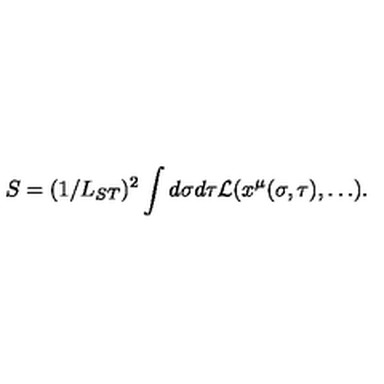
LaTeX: S = ( 1 / L _ { S T } ) ^ { 2 } \int d \sigma d \tau { \cal L } ( x ^ { \mu } ( \sigma , \tau ) , \ldots ) .